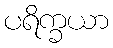
ပရိက္ခယာ